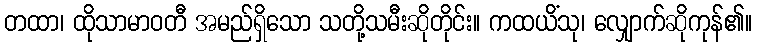
တထာ၊ ထိုသာမာဝတီ အမည်ရှိသော သတို့သမီးဆိုတိုင်း။ ကထယိံသု၊ လျှောက်ဆိုကုန်၏။